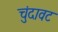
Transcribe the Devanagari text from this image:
चुंदावट